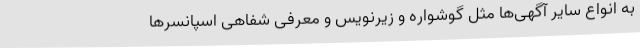
به انواع سایر آگهی‌ها مثل گوشواره و زیرنویس و معرفی شفاهی اسپانسرها